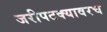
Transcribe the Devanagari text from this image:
जरीपटक्यावरच